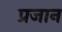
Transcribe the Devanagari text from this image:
प्रजान